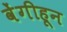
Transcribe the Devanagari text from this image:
वेंगीहून